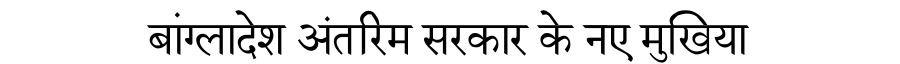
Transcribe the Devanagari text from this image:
बांग्लादेश अंतरिम सरकार के नए मुखिया